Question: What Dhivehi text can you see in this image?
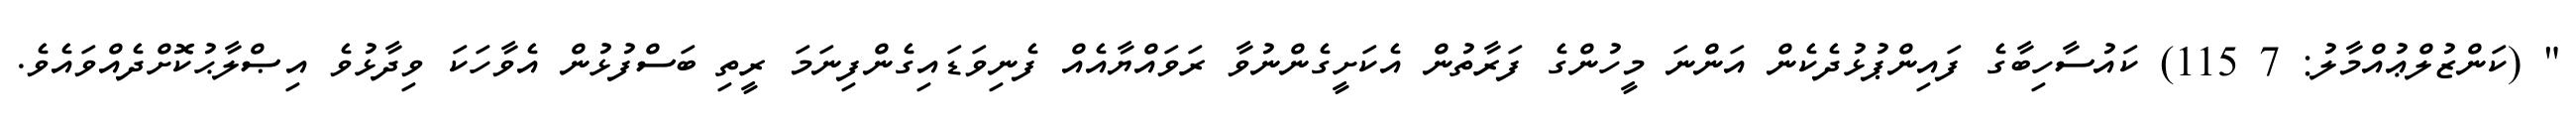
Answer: " (ކަންޒުލްޢުއްމާލު: 7 115) ކައުސާހިބާގެ ފައިންޕުޅުދެކެން އަންނަ މީހުންގެ ފަރާތުން އެކަށީގެންނުވާ ރަވައްޔާއެއް ފެނިވަޑައިގެންފިނަމަ ރީތި ބަސްފުޅުން އެވާހަކަ ވިދާޅުވެ އިޞްލާޙުކޮށްދެއްވައެވެ.